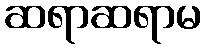
ဆရာဆရာမ